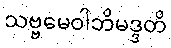
သဗ္ဗမေဝါဘိမဒ္ဒတိ